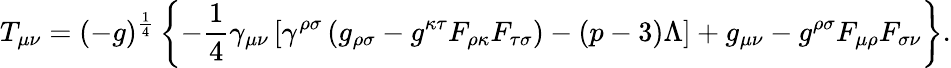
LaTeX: T_{\mu\nu}=(-g)^{\frac{1}{4}}\left\{ -\frac{1}{4}\gamma_{\mu\nu}\left[\gamma^{\rho\sigma}\left(g_{\rho\sigma}-g^{\kappa\tau}F_{\rho\kappa}F_{\tau\sigma}\right)-(p-3)\Lambda\right]+g_{\mu\nu}-g^{\rho\sigma}F_{\mu\rho}F_{\sigma\nu}\right\} .